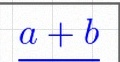
\frac{a+b}{c+d}